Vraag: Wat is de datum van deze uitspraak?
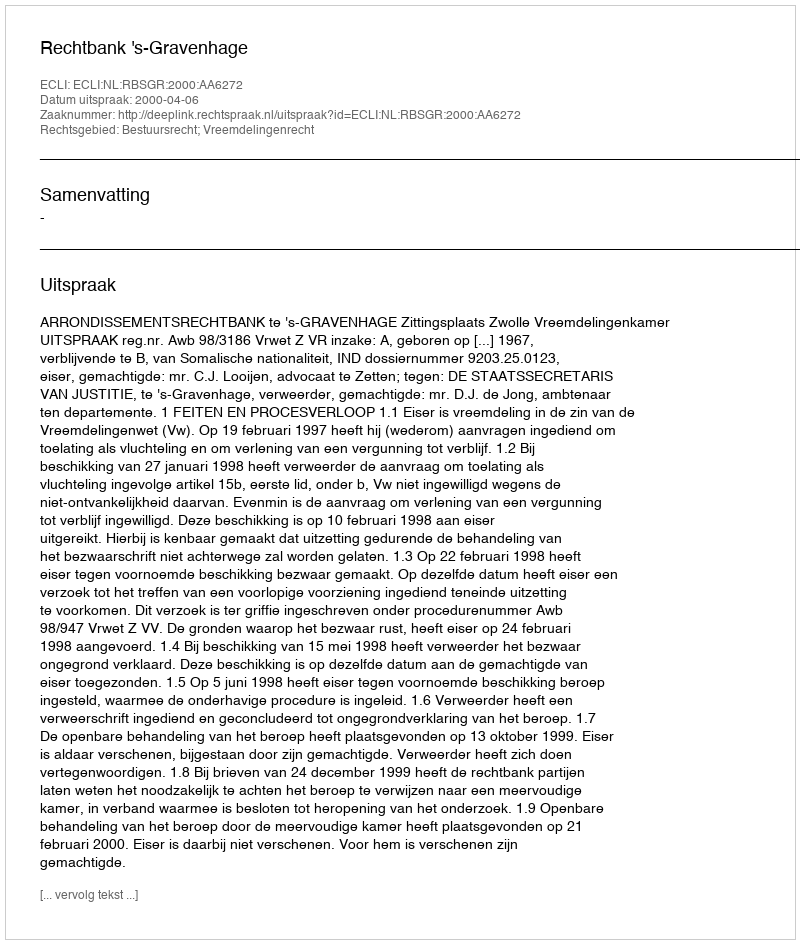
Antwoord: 2000-04-06